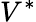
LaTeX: V^{\ast}